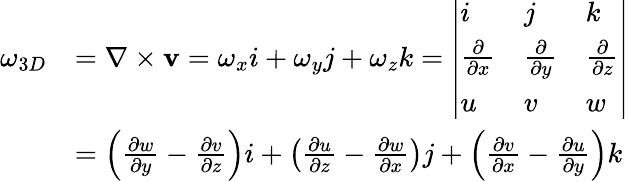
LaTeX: \begin{array}{rl}{\omega_{3D}}&{=\nabla\times\textbf{v}=\omega_{x}i+\omega_{y}j+\omega_{z}k=\left|\begin{array}{lll}{i}&{j}&{k}\\ {\frac{\partial}{\partial x}}&{\frac{\partial}{\partial y}}&{\frac{\partial}{\partial z}}\\ {u}&{v}&{w}\end{array}\right|}\\ &{=\left({\frac{\partial w}{\partial y}-\frac{\partial v}{\partial z}}\right)i+\left({\frac{\partial u}{\partial z}-\frac{\partial w}{\partial x}}\right)j+\left({\frac{\partial v}{\partial x}-\frac{\partial u}{\partial y}}\right)k}\end{array}